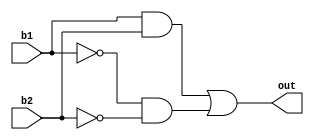
`timescale 1ns / 1ps
//////////////////////////////////////////////////////////////////////////////////
// Company: 
// Engineer: 
// 
// Design Name: 
// Module Name:    eq1 
// Project Name: 
// Target Devices: 
// Tool versions: 
// Description: 
//
// Dependencies: 
//
// Revision: 
// Revision 0.01 - File Created
// Additional Comments: 
//
//////////////////////////////////////////////////////////////////////////////////
module eq1(
	input wire b1,
	input wire b2,
	output wire out
);

assign a = b1 & b2;
assign b = ~b1 & ~ b2;

assign out = a | b;

endmodule